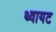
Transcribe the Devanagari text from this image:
थ्वायट